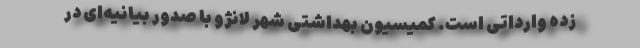
زدهِ وارداتی است. کمیسیون بهداشتی شهر لانژو با صدور بیانیه‌ای در